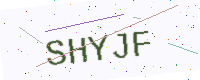
Text: SHYJF